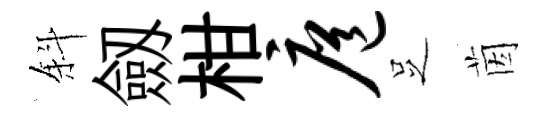
斜劔柑扈𠯁茵